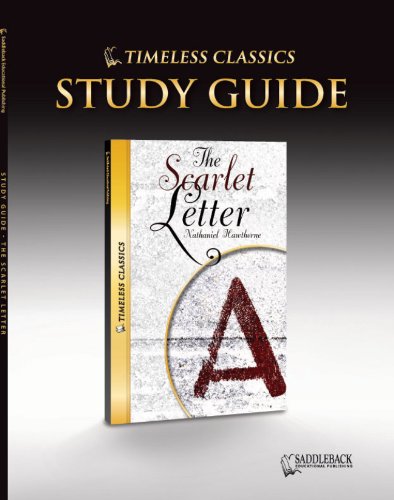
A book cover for The Scarlet Letter Study Guide (Timeless) (Timeless Classics); Saddleback Educational Publishing; Teen & Young Adult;